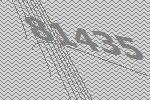
81435